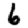
Digit: 6